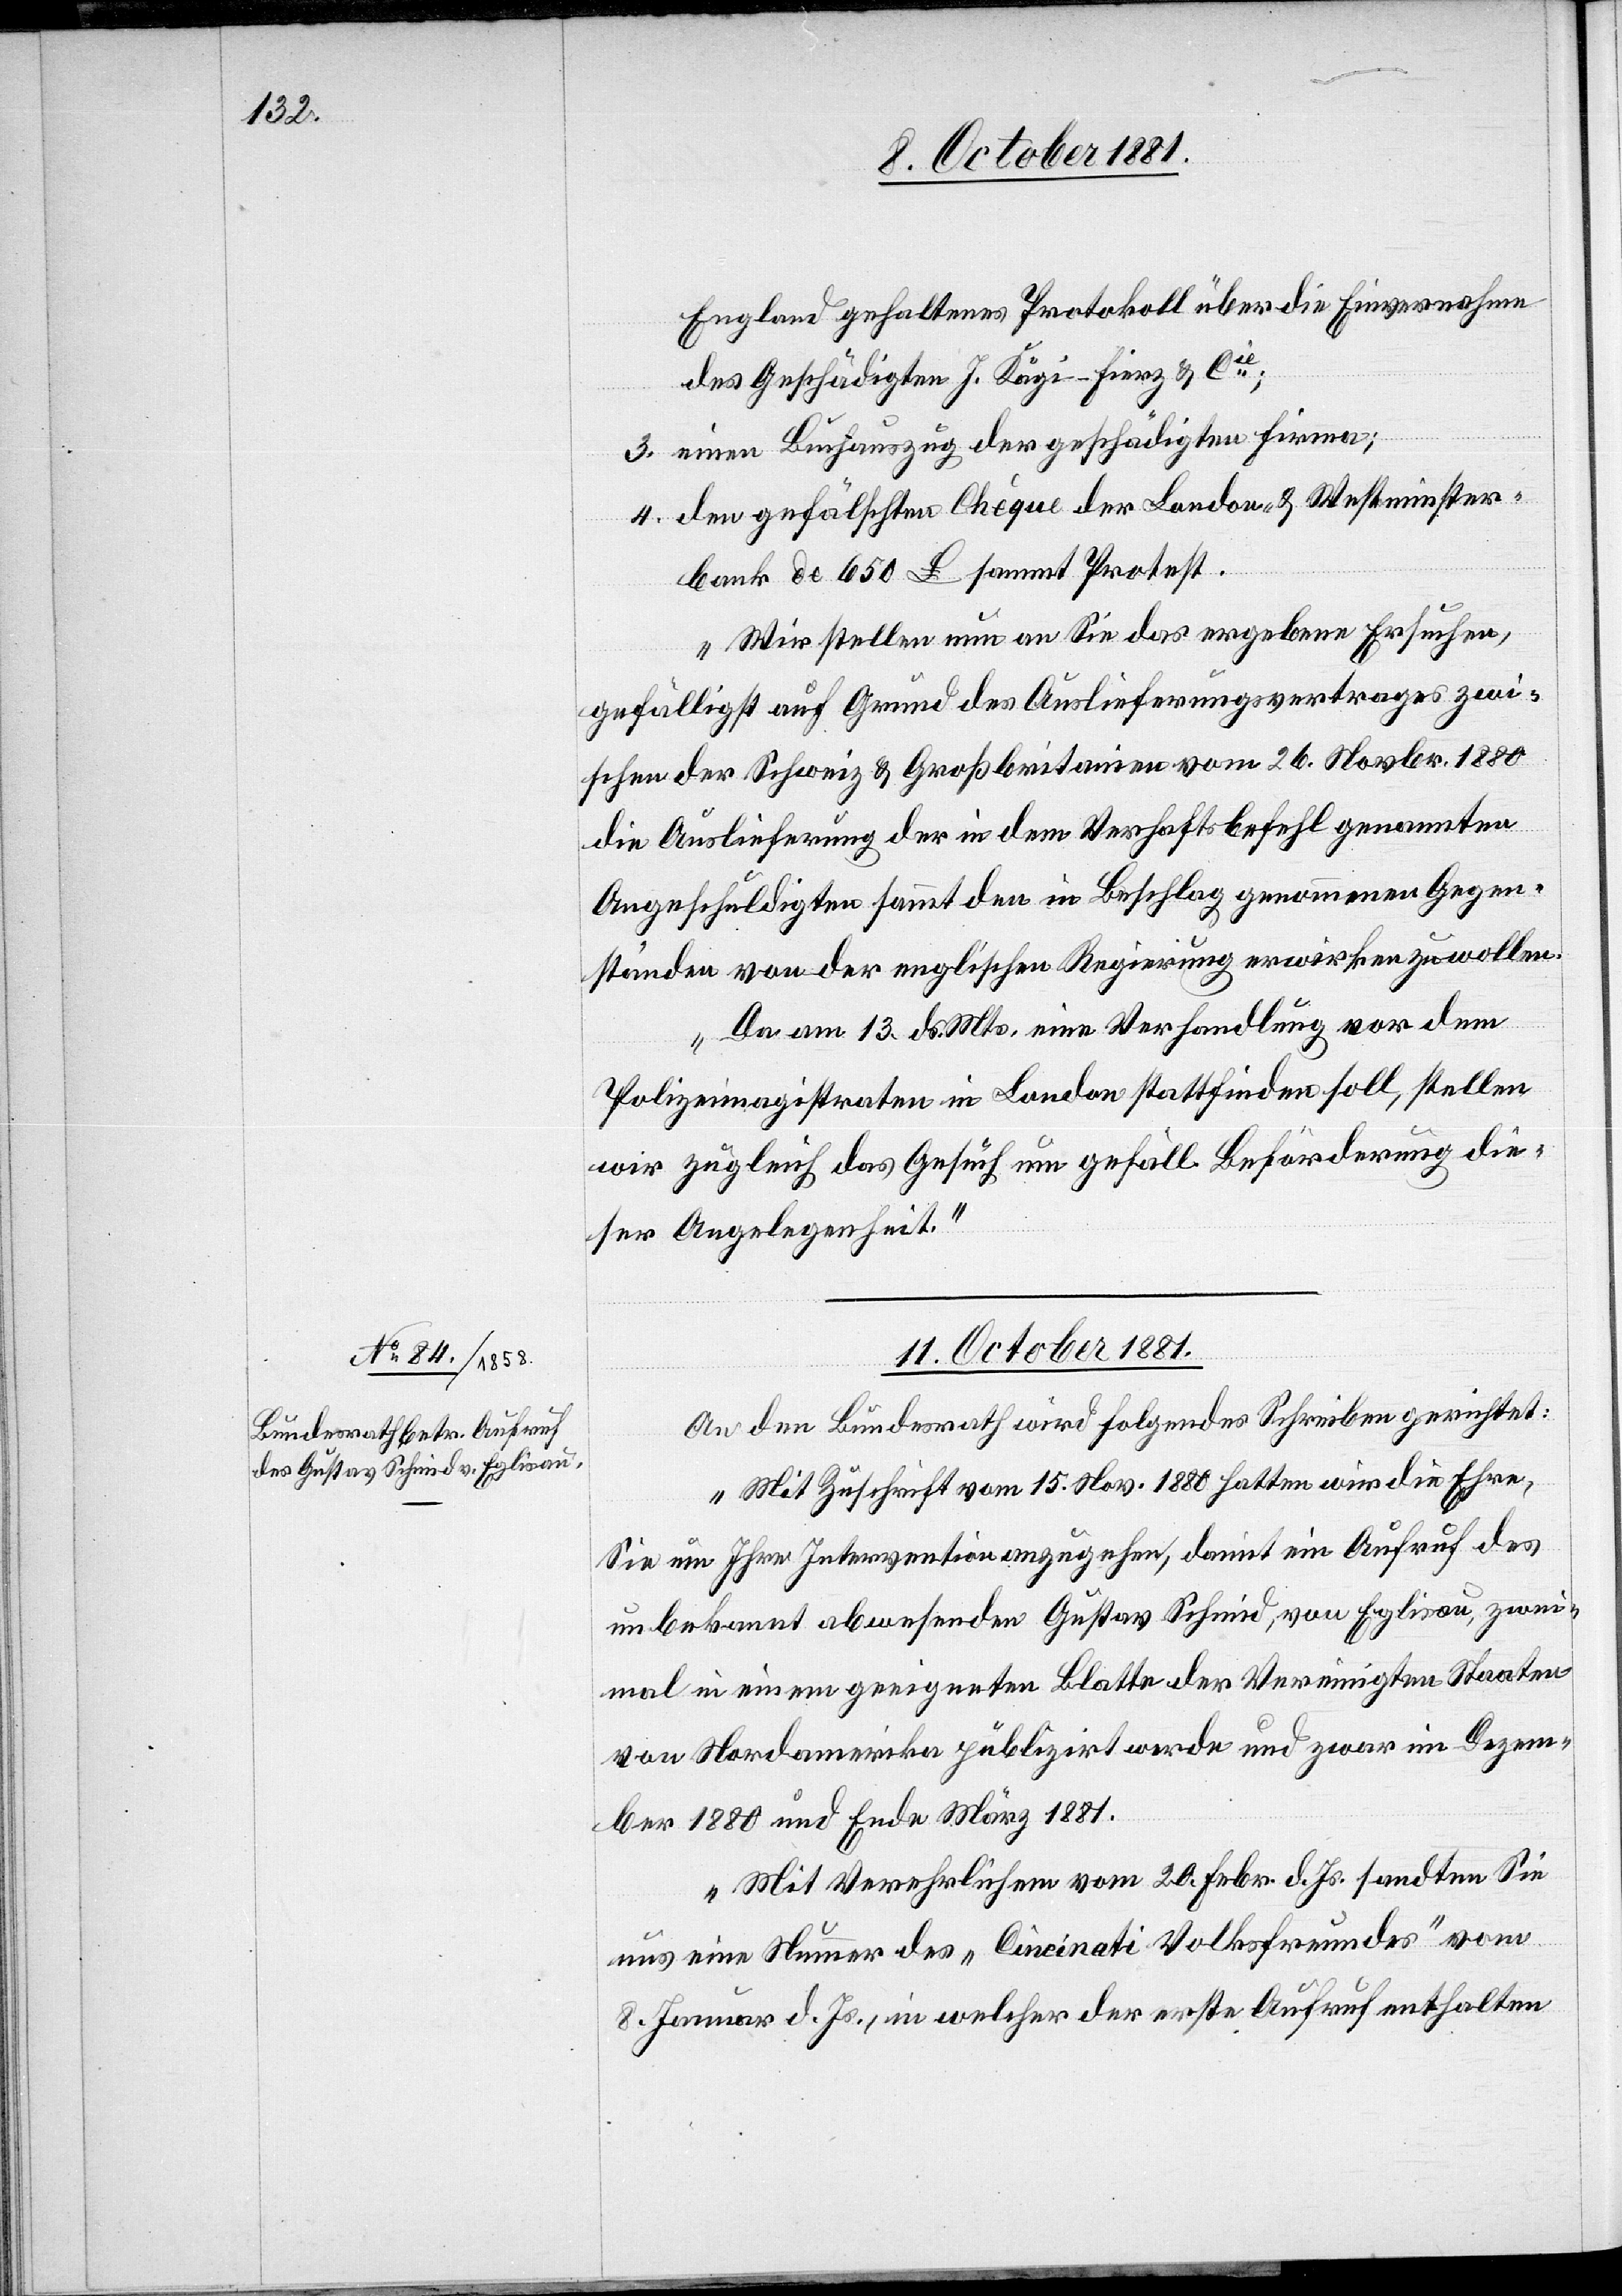
England gehaltenes Protokoll über die Einvernahme
des Geschädigten J. Kägi-Fierz & Cie;
3. einen Buchauszug der geschädigten Firma;
4. den gefälschten Chèque der London- & Westminster¬
bank de 650 £ sammt Protest.
Wir stellen nun an Sie das ergebene Ersuchen,
gefälligst auf Grund des Auslieferungsvertrages zwi¬
schen der Schweiz & Großbritanien vom 26. Novbr. 1880
die Auslieferung der in dem Verhaftsbefehl genannten
Angeschuldigten sammt den in Beschlag genommenen Gegen¬
ständen von der englischen Regierung erwirken zu wollen.
Da am 13. d. Mts. eine Verhandlung vor dem
Polizeimagistraten in London stattfinden soll, stellen
wir zugleich das Gesuch um gefäll. Beförderung die¬
ser Angelegenheit.
11. October 1881.
An den Bundesrath wird folgendes Schreiben gerichtet:
„Mit Zuschrift vom 15. Nov. 1880 hatten wir die Ehre,
Sie um Ihre Intervention anzugehen, damit ein Aufruf des
unbekannt abwesenden Gustav Schmid, von Eglisau, zwei¬
mal in einem geeigneten Blatte der Vereinigten Staaten
von Nordamerika publizirt werde und zwar im Dezem¬
ber 1880 und Ende März 1881.
Mit Verehrlichem vom 20. Febr. d. Js. sandten Sie
uns eine Nummer des „Cincinati Volksfreundes“ vom
8. Januar d. Js., in welcher der erste Aufruf enthalten